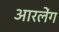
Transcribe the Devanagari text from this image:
आरलेंग